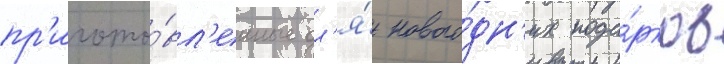
пр'игото́вл'енные дл'я́ нового́дн'их пода́рков